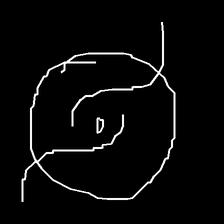
Glyph: repetition